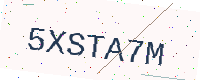
Text: 5XSTA7M